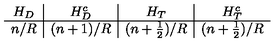
\begin{array} { c | c | c | c } { H _ { D } } & { H _ { D } ^ { c } } & { H _ { T } } & { H _ { T } ^ { c } } \\ \hline { n / R } & { ( n + 1 ) / R } & { ( n + \frac { 1 } { 2 } ) / R } & { ( n + \frac { 1 } { 2 } ) / R } \\ \end{array}